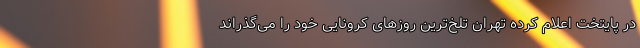
در پایتخت اعلام کرده تهران تلخ‌ترین روزهای کرونایی خود را می‌گذراند